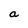
Character: a